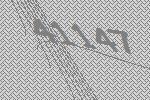
41147